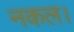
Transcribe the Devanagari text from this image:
नकल।